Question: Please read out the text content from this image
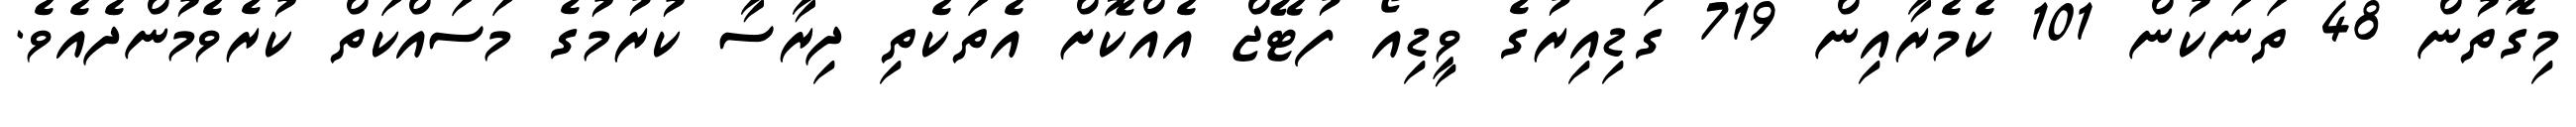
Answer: މިގޮތުން 48 ތަނަކުން 101 ކެމެރާއިން 719 ގަޑިއިރުގެ ވީޑިއޯ ފުޓޭޖް އެއްކޮށް އެތަކެތި ދިރާސާ ކުރުމުގެ މަސައްކަތް ކުރެވެމުންދެއެވެ.